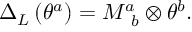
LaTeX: \Delta _ { L } \left( \theta ^ { a } \right) = M _ { \, \, \, b } ^ { a } \otimes \theta ^ { b } .